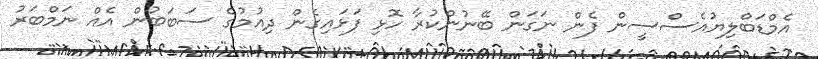
އެމްޑަބްލިޔުއެސްސީން ފެން ނަގަން ބޭނުންކުރާ ހޮޅި ފަޅައިގެން ދިއުމުގެ ސަބަބުން އެއް ނަމްބަރު